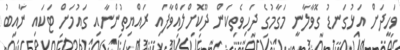
ވަހީދަށް އަޅުގަނޑު ގޮވާލާނީ މަގާމުގެ ދަހިވެތިކަން ދޫކޮށްލައްވާފައި ރައްޔިތުންނާއި ގައުމަށް ޓަކައި ނާއިބު